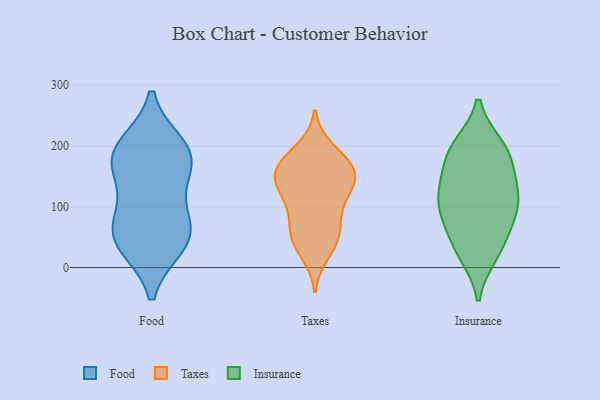
{"axis": {"x": "Conversion Rate (%)", "y": "Value"}, "legend": ["Food", "Insurance", "Taxes"], "data": [{"x": "", "y": 61, "type": "Food"}, {"x": "", "y": 192, "type": "Food"}, {"x": "", "y": 178, "type": "Food"}, {"x": "", "y": 92, "type": "Food"}, {"x": "", "y": 178, "type": "Food"}, {"x": "", "y": 200, "type": "Food"}, {"x": "", "y": 38, "type": "Food"}, {"x": "", "y": 148, "type": "Food"}, {"x": "", "y": 37, "type": "Food"}, {"x": "", "y": 61, "type": "Food"}, {"x": "", "y": 112, "type": "Taxes"}, {"x": "", "y": 23, "type": "Taxes"}, {"x": "", "y": 165, "type": "Taxes"}, {"x": "", "y": 58, "type": "Taxes"}, {"x": "", "y": 146, "type": "Taxes"}, {"x": "", "y": 143, "type": "Taxes"}, {"x": "", "y": 166, "type": "Taxes"}, {"x": "", "y": 119, "type": "Taxes"}, {"x": "", "y": 183, "type": "Taxes"}, {"x": "", "y": 146, "type": "Taxes"}, {"x": "", "y": 80, "type": "Taxes"}, {"x": "", "y": 195, "type": "Taxes"}, {"x": "", "y": 152, "type": "Taxes"}, {"x": "", "y": 68, "type": "Taxes"}, {"x": "", "y": 168, "type": "Taxes"}, {"x": "", "y": 43, "type": "Taxes"}, {"x": "", "y": 42, "type": "Taxes"}, {"x": "", "y": 115, "type": "Taxes"}, {"x": "", "y": 193, "type": "Insurance"}, {"x": "", "y": 94, "type": "Insurance"}, {"x": "", "y": 76, "type": "Insurance"}, {"x": "", "y": 100, "type": "Insurance"}, {"x": "", "y": 149, "type": "Insurance"}, {"x": "", "y": 200, "type": "Insurance"}, {"x": "", "y": 45, "type": "Insurance"}, {"x": "", "y": 28, "type": "Insurance"}, {"x": "", "y": 197, "type": "Insurance"}, {"x": "", "y": 109, "type": "Insurance"}, {"x": "", "y": 136, "type": "Insurance"}, {"x": "", "y": 22, "type": "Insurance"}, {"x": "", "y": 173, "type": "Insurance"}, {"x": "", "y": 114, "type": "Insurance"}]}